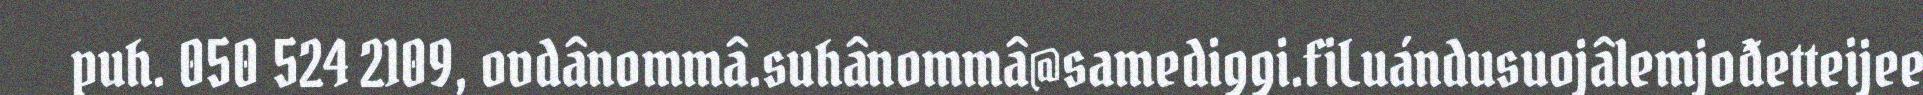
puh. 050 524 2109, ovdânommâ.suhânommâ@samediggi.fiLuándusuojâlemjođetteijee